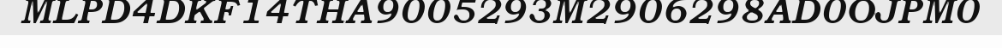
MLPD4DKF14THA9005293M2906298AD0OJPM0